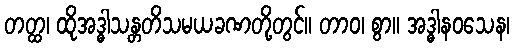
တတ္ထ၊ ထိုအဒ္ဓါသန္တတိသမယခဏတို့တွင်။ တာဝ၊ စွာ။ အဒ္ဓါနဝသေန၊